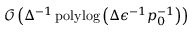
\mathcal { O } \left( \Delta ^ { - 1 } \operatorname { p o l y l o g } \left( \Delta \epsilon ^ { - 1 } p _ { 0 } ^ { - 1 } \right) \right)